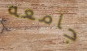
جامعه